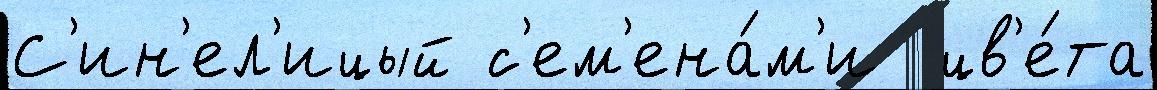
С'ин'ел'ицый с'ем'ена́м'и  цв'е́та